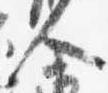
人